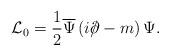
LaTeX: \begin{align*}{\cal L}_0= \frac 1 2 \overline \Psi \left ( i\rlap\slash\partial - m \right ) \Psi.\end{align*}